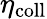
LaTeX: \eta_{\mathrm{coll}}